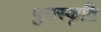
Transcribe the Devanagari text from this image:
पुसस्कृति